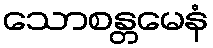
သောစန္တမေနံ